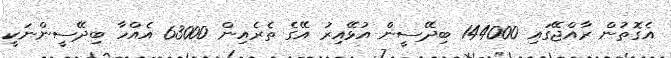
އެގޮތުން ރާއްޖޭގައި 144000 ބިދޭސީން އުޅޭއިރު އޭގެ ތެރެއިން 63000 އެއްހާ ބިދޭސީންނަކީ